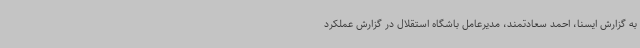
به گزارش ایسنا، احمد سعادتمند، مدیرعامل باشگاه استقلال در گزارش عملکرد